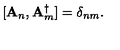
[ { \bf A } _ { n } , { \bf A } _ { m } ^ { \dag } ] = \delta _ { n m } .